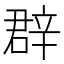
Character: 𨐚